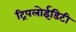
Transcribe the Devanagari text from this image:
ट्रिपलोईडिटी